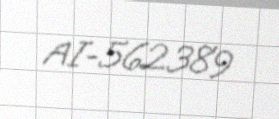
AI-562389